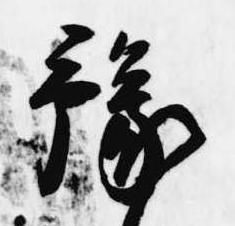
予